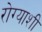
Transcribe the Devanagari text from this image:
रोग्याशी